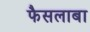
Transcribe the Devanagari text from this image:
फैसलाबा